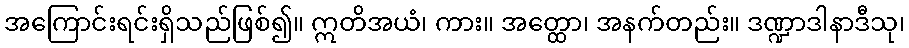
အကြောင်းရင်းရှိသည်ဖြစ်၍။ ဣတိအယံ၊ ကား။ အတ္ထော၊ အနက်တည်း။ ဒဏ္ဍာဒါနာဒီသု၊